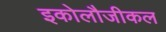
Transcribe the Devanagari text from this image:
इकोलौजीकल